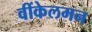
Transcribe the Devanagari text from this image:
वींकेलमन